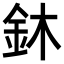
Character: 鈢